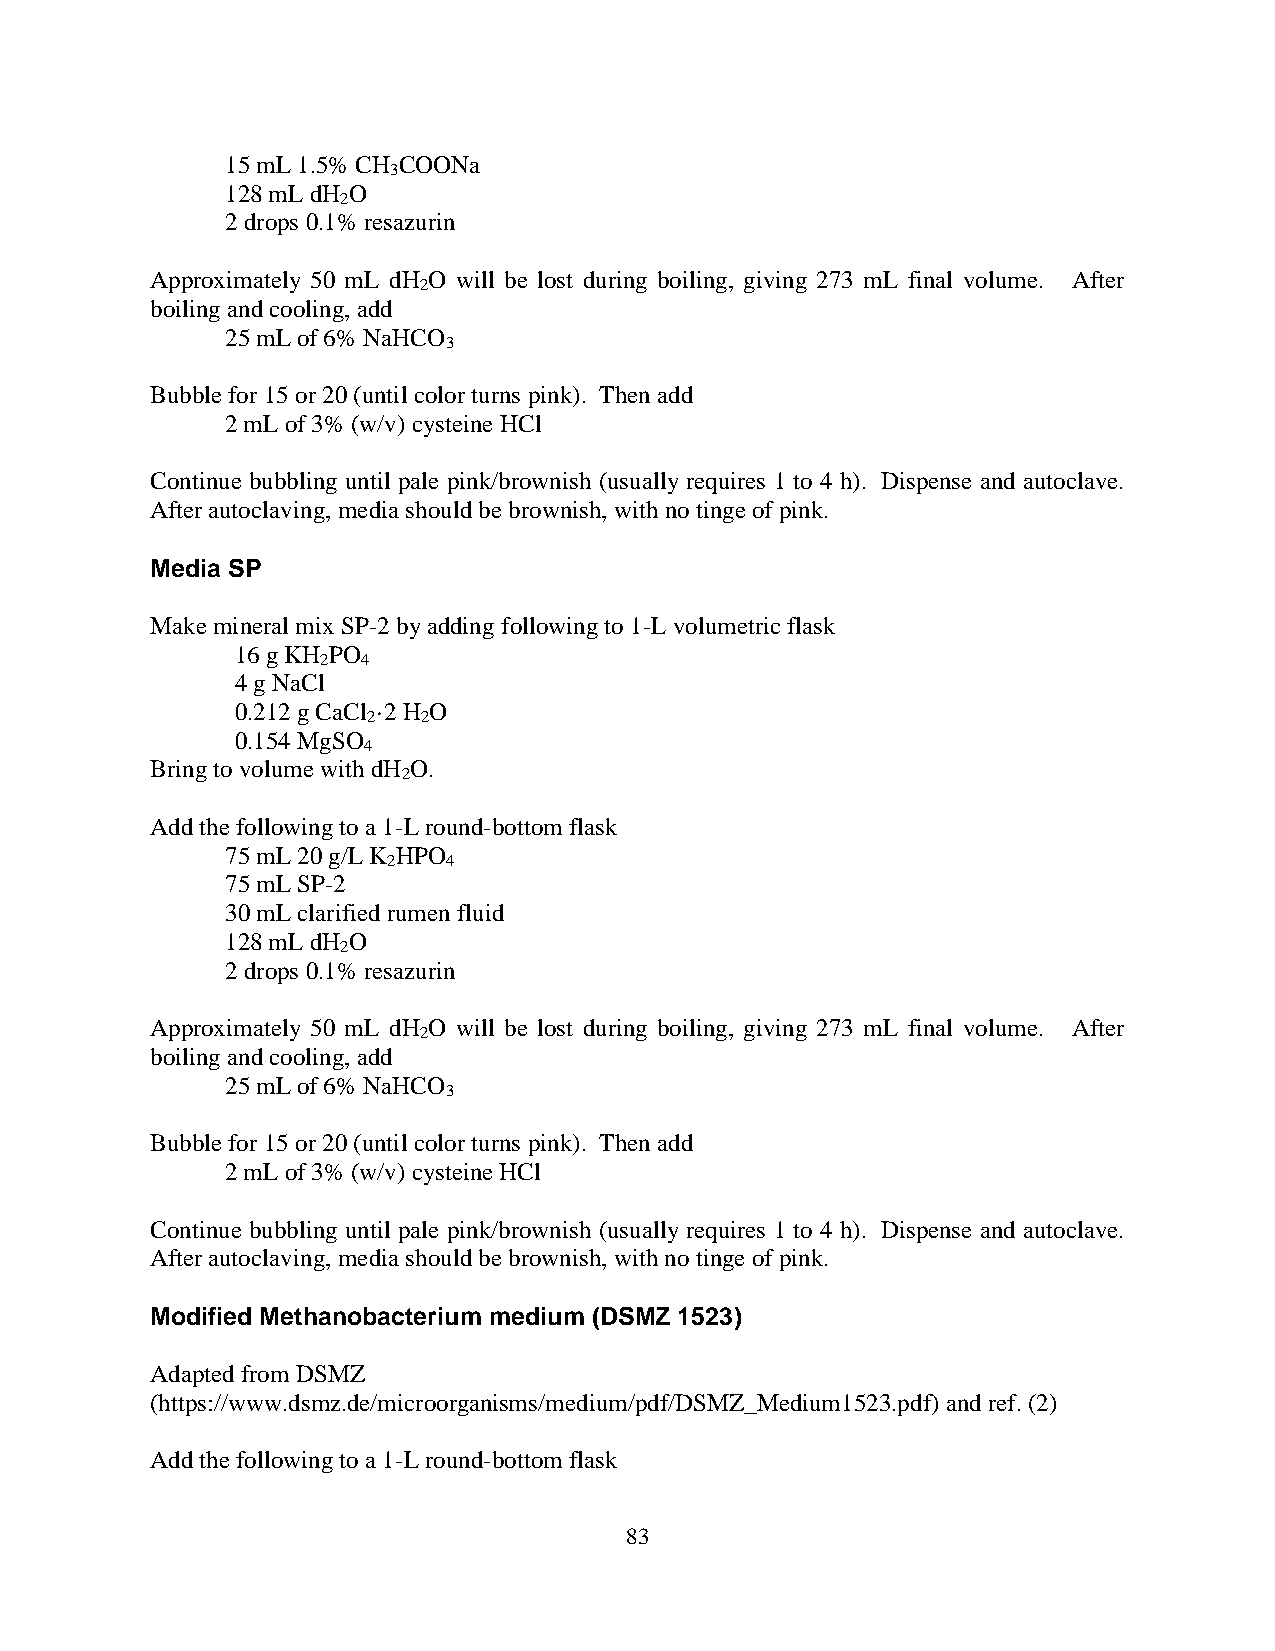
15 mL 1.5% CH COONa
 3
 128 mL dH O
 2
 2 drops 0.1% resazurin
 Approximately 50 mL dH O will be lost during boiling, giving 273 mL final volume. After
 2
 boiling and cooling, add
 25 mL of 6% NaHCO
 3
 Bubble for 15 or 20 (until color turns pink). Then add
 2 mL of 3% (w/v) cysteine HCl
 Continue bubbling until pale pink/brownish (usually requires 1 to 4 h). Dispense and autoclave.
 After autoclaving, media should be brownish, with no tinge of pink.
 Media SP
 Make mineral mix SP-2 by adding following to 1-L volumetric flask
 16 g KH PO
 2  4
 4 g NaCl
 0.212 g CaCl ·2 H O
 2   2
 0.154 MgSO
 4
 Bring to volume with dH O.
 2
 Add the following to a 1-L round-bottom flask
 75 mL 20 g/L K HPO
 2   4
 75 mL SP-2
 30 mL clarified rumen fluid
 128 mL dH O
 2
 2 drops 0.1% resazurin
 Approximately 50 mL dH O will be lost during boiling, giving 273 mL final volume. After
 2
 boiling and cooling, add
 25 mL of 6% NaHCO
 3
 Bubble for 15 or 20 (until color turns pink). Then add
 2 mL of 3% (w/v) cysteine HCl
 Continue bubbling until pale pink/brownish (usually requires 1 to 4 h). Dispense and autoclave.
 After autoclaving, media should be brownish, with no tinge of pink.
 Modified Methanobacterium medium (DSMZ 1523)
 Adapted from DSMZ
 (https://www.dsmz.de/microorganisms/medium/pdf/DSMZ_Medium1523.pdf) and ref. (2)
 Add the following to a 1-L round-bottom flask
 83